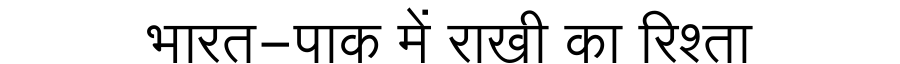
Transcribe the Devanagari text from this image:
भारत-पाक में राखी का रिश्ता